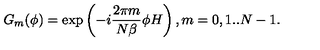
G _ { m } ( \phi ) = \exp \left( - i \frac { 2 \pi m } { N \beta } \phi H \right) , m = 0 , 1 . . N - 1 .